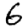
Digit: 6